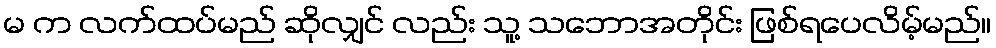
မ က လက်ထပ်မည် ဆိုလျှင် လည်း သူ့ သဘောအတိုင်း ဖြစ်ရပေလိမ့်မည်။